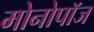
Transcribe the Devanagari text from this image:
मोनोपॉज